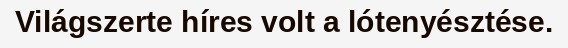
Világszerte híres volt a lótenyésztése.